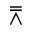
\doublebarwedge